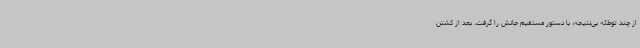
از چند توطئه بی‌نتیجه، با دستور مستقیم جانش را گرفت. بعد از کشتن